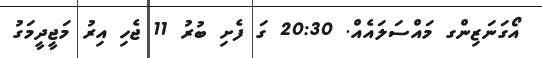
އޯގަނަޒިންގ މައްސަލައެއް. 20:30 ގަ ފެށި ބުރު 11 ޖެހި އިރު މަޖީދީމަގު